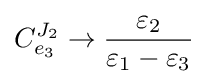
C_{e_{3}}^{J_{2}}\rightarrow {\frac {\varepsilon _{2}}{\varepsilon _{1}-\varepsilon _{3}}}